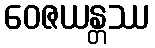
ဝေဇယန္တဿ